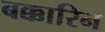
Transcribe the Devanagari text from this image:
बक्कारिन